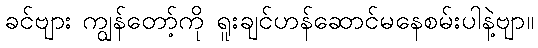
ခင်ဗျား ကျွန်တော့်ကို ရူးချင်ဟန်ဆောင်မနေစမ်းပါနဲ့ဗျာ။